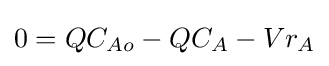
0=QC_{Ao}-QC_{A}-Vr_{A}